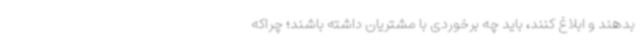
بدهند و ابلاغ کنند، باید چه برخوردی با مشتریان داشته باشند؛ چراکه